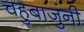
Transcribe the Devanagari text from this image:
चहुबाजुंनी